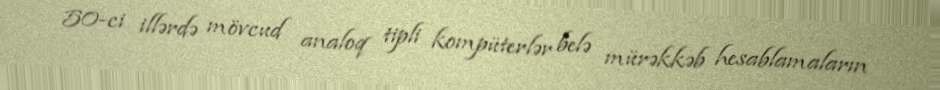
50-ci illərdə mövcud analoq tipli kompüterlər belə mürəkkəb hesablamaların